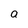
Character: a